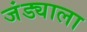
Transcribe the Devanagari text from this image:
जंड्याला